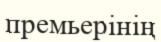
премьерінің